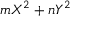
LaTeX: m X ^ { 2 } + n Y ^ { 2 }